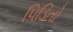
પિડિતો